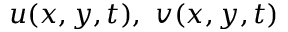
u ( x , y , t ) , \ v ( x , y , t )